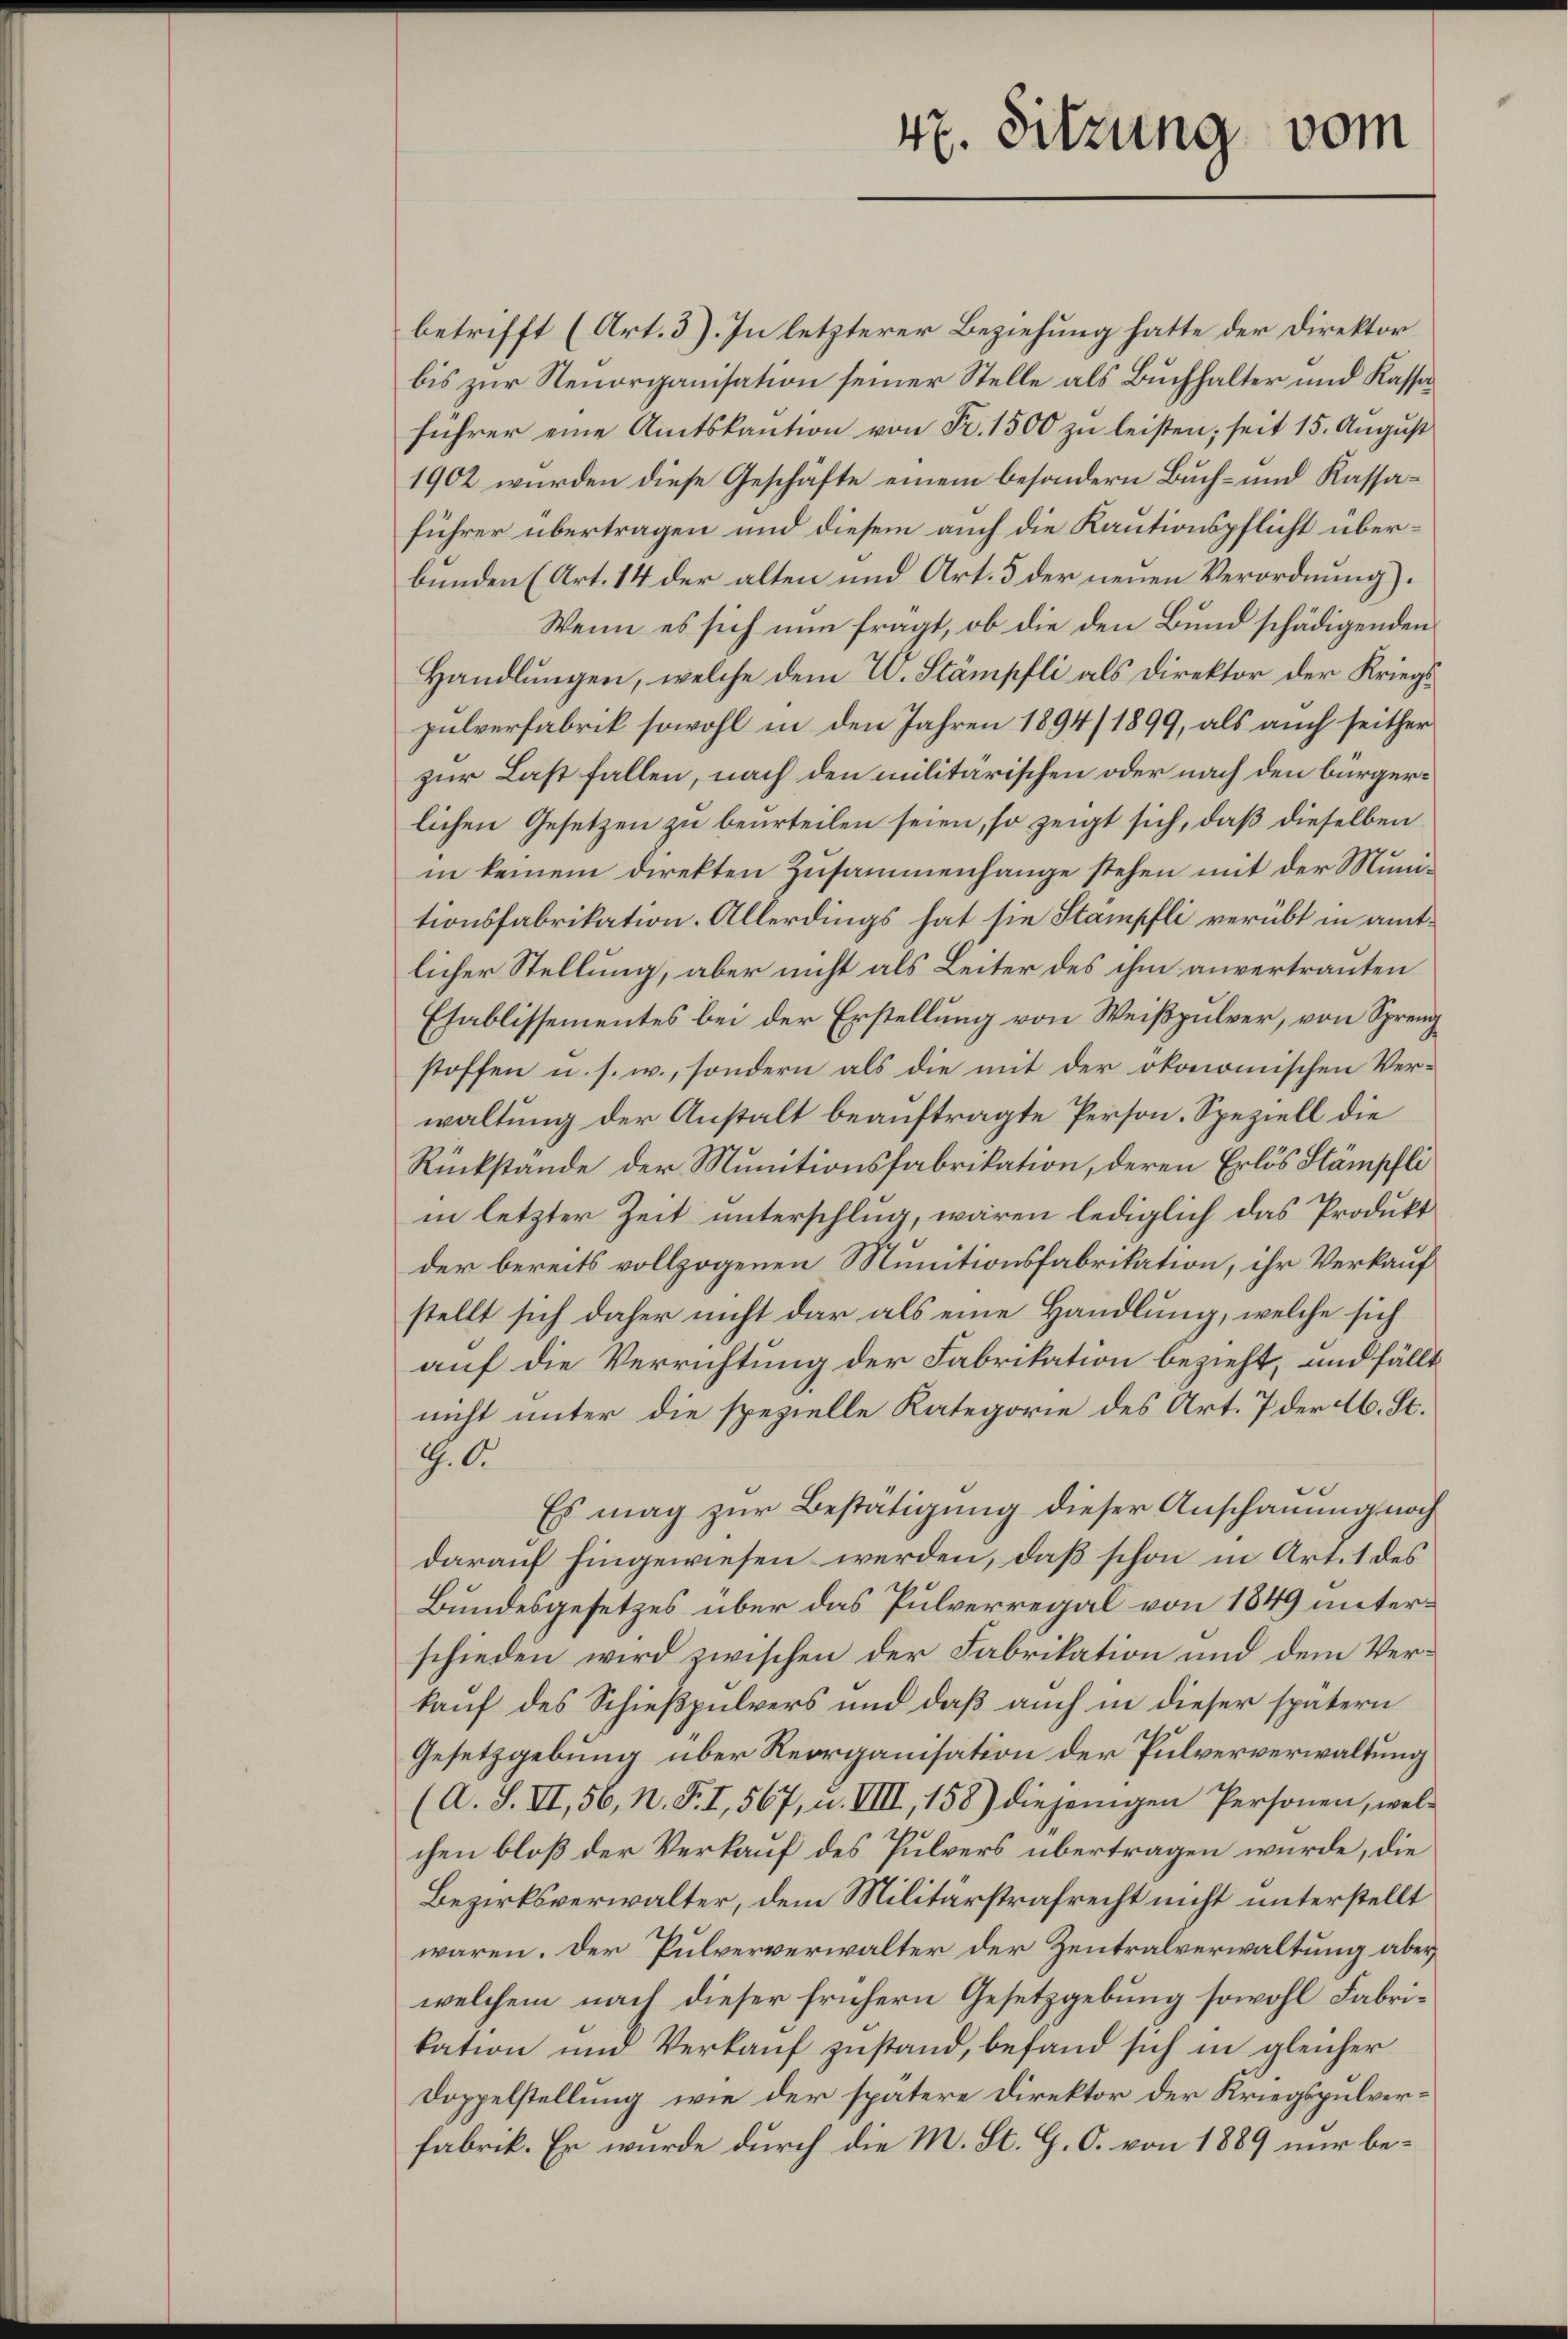
47. Sitzung vom

betrifft (Art. 3). In letzterer Beziehung hatte der Direktor
bis zur Renorganisation seiner Stelle als Buchhalter und Kassaführer eine Amtskaution von Fr. 1500 zu leisten; seit 15. August
1902 wurden diese Geschäfte einem besondern Buch- und Kassaführer übertragen und diesem auch die Kautionspflicht überbunden (Art. 14 der alten und Art. 5 der neuen Verordnung).
Wenn es sich nun fragt, ob die den Bund schädigenden
Handlungen, welche dem L. Stämpfli als Direktor der Kriegs
pulverfabrik sowohl in den Jahren 1894/ 1899, als auch seither
zur Last fallen, nach den militärischen oder nach den bürgerlichen Gesetzen zu beurteilen seien, so zeigt sich, daß dieselben
in keinem direkten Zusammenhange stehen mit der Munitionsfabrikation. Allerdings hat sie Stämpfli verübt in amtlicher Stellung, aber nicht als Leiter des ihm anvertrauten
Ehablissementes bei der Erstellung von Weißpulver, von Spreng
stoffen u. s. w., sondern als die mit der ökonomischen Verwaltung der Anstalt beauftragte Person. Speziell die
Rückstände der Munitionsfabrikation, deren Erlös Stämpfli
in letzter Zeit unterschlug, wären lediglich das Produkt
der bereits vollzogenen Munitionsfabrikation, ihr Verkauf
stellt sich daher nicht dar als eine Handlung, welche sich
auf die Verrichtung der Fabrikation bezieht, und fällt
nicht unter die spezielle Kategorie des Art. 7 der Ab. St.
G. Ar
Es mag zur Bestätigung dieser Anschauung noch
darauf hingewiesen werden, daß schon in Art. 1 des
Bundesgesetzes über das Pulverregal von 1849 unterschieden wird zwischen der Fabrikation und dem Verkauf des Schießpulvers und daß auch in dieser spätern
W
Gesetzgebung über Reorganisation der Fulververwaltung
(A. S. VI, 56, N. F. I, 567, u. VIII, 158) diejenigen Personen, welchen bloß der Verkauf des Pulvers übertragen würde, die
Bezirksverwalter, dem Militärstrafrecht nicht unterstellt
waren. Der Pulververwalter der Zentralverwaltung aber
welchem nach dieser frühern Gesetzgebung sowohl Fabrikation und Verkauf zustand, befand sich in gleicher
Doppelstellung wie der spätere Direktor der Kriegspulverfabrik. Er wurde durch die M. St. G. C. von 1889 nur be¬